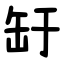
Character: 䍂